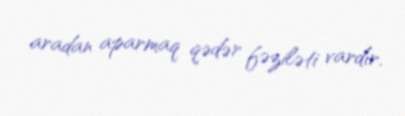
aradan aparmaq qədər fəziləti vardır.